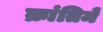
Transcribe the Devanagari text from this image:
क्रांतिमें